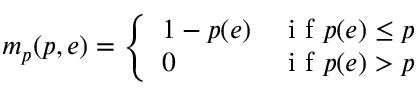
m _ { p } ( p , e ) = \left\{ \begin{array} { l l } { 1 - p ( e ) } & { \mathrm { ~ i ~ f ~ } p ( e ) \leq p } \\ { 0 } & { \mathrm { ~ i ~ f ~ } p ( e ) > p } \end{array} \right.